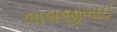
લાલજીભાઈ